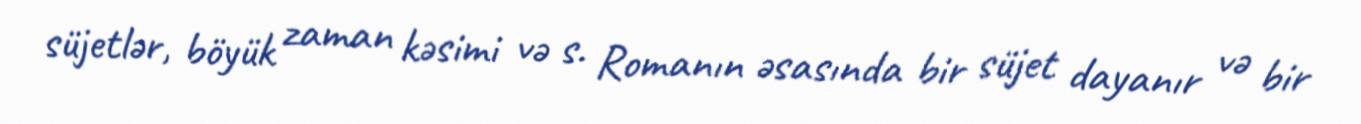
süjetlər, böyük zaman kəsimi və s. Romanın əsasında bir süjet dayanır və bir